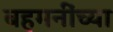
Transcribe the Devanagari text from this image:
बहमनींच्या